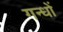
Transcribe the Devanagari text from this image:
गन्धों